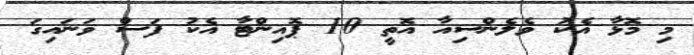
މި މޮޅާ އެކު ވެލެންސިއާ އޮތީ 10 ޕޮއިންޓާ އެކު ފަސް ވަނައިގަ